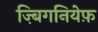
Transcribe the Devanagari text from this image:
ज़्बिगनियेफ़